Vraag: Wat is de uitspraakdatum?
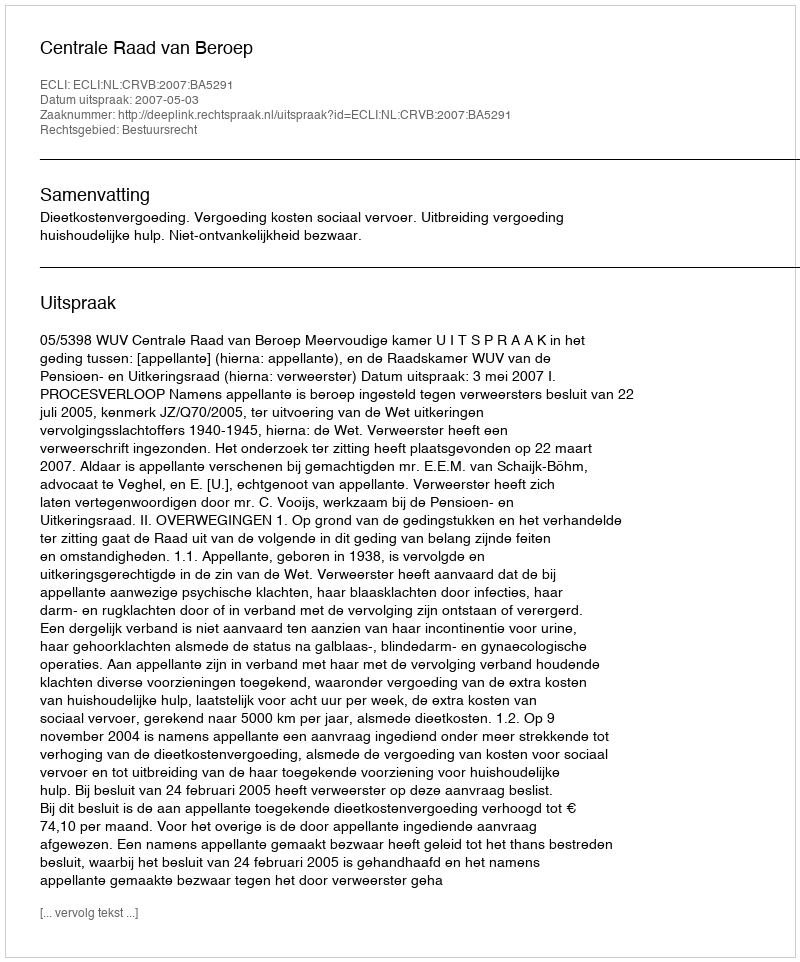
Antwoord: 2007-05-03